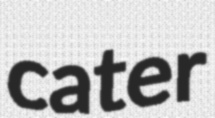
cater